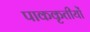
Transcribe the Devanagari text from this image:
पाककृतीयों